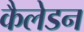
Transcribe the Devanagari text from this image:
कैलेडन